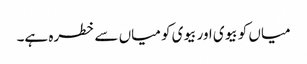
میاں کو بیوی اور بیوی کو میاں سے خطرہ ہے۔